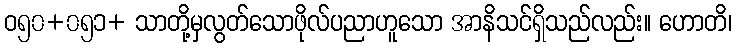
ဝ၅၀+၀၅၁+ သာတို့မှလွတ်သောဖိုလ်ပညာဟူသော အာနိသင်ရှိသည်လည်း။ ဟောတိ၊